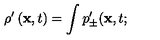
\rho ^ { \prime } \left( { \bf x } , t \right) = \int p _ { \pm } ^ { \prime } ( { \bf x } , t ;